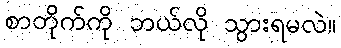
စာတိုက်ကို ဘယ်လို သွားရမလဲ။